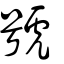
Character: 號